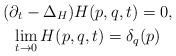
LaTeX: \begin{gather*}( \partial_t - \Delta_H ) H(p,q ,t) = 0,\\\lim_{t \rightarrow 0} H(p,q ,t) = \delta_q (p)\end{gather*}